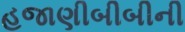
હજાણીબીબીની